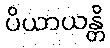
ပိယာယန္တိ